Report on sanitation, dispensaries, and jails in Rajputana for 1916, and on vaccination for the year 1916-1917 - 1916-1917
Year: 1916
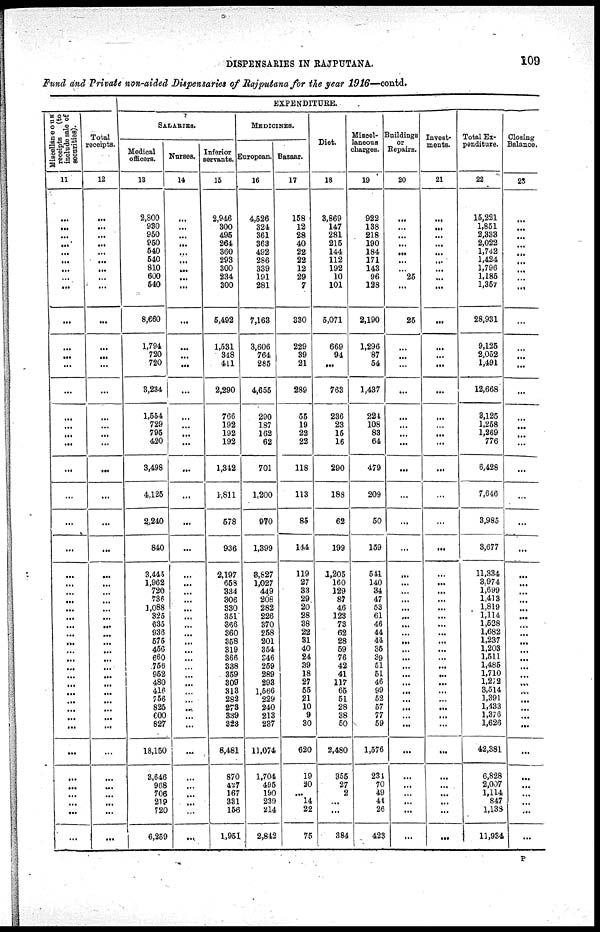
DISPENSARIES IN RAJPUTANA.
109
Fund and Private non-aided Dispensaries of Rajputana for the year 1916—contd.
Miscellaneous
receipts
(to
include sale of
securities).
11
...
...
...
...
...
...
...
...
...
...
...
...
...
...
...
...
...
...
...
...
...
...
...
...
...
...
...
...
...
...
...
...
...
...
...
...
...
...
...
...
...
...
...
...
...
...
...
...
Total
.
receipts.
12
...
...
...
...
...
...
...
...
...
...
...
...
...
...
...
...
...
...
...
...
...
...
...
...
...
...
...
...
...
...
...
...
...
...
...
...
...
...
...
...
...
...
...
...
...
...
...
...
EXPENDITURE.
SALARIES.
Medical
officers.
13
2,800
930
950
950
540
540
810
600
540
8,660
1,794
720
720
3,234
1,554
729
795
420
3,498
4,125
2,240
840
3,445
1,962
720
736
1,088
325
635
936
575
456
660
756
952
480
416
756
825
600
827
18,150
3,646
908
706
219
720
6,259
Nurses.
14
...
...
...
...
...
...
...
...
...
...
...
...
...
...
...
...
...
...
...
...
...
...
...
...
...
...
...
...
...
...
...
...
...
...
...
...
...
...
...
...
...
...
...
...
...
...
...
...
Inferior
servants.
15
2,946
300
495
264
360
293
300
234
300
5,492
1,531
348
411
2,290
766
192
192
192
1,342
1,811
578
936
2,197
658
334
306 330
351
366
360
358
319
366
338
359
309
313
282
278
339
323
8,481
870
427
167
331
156
1,951
MEDICINES.
European.
16
4,526
324
361
363
492
286
339
191
281
7,163
3,606
764
285
4,655
290
187
162
62
701
1,200
970
1,399
8,827
1,027
449
206
282
226
370
258
201
354
346
259
289
293
1,566
229
240
213
237
11,074
1,704
495
190
239
214
2,842
Bazaar.
17
158
12
28
40
22
22
12
29
7
330
229
39
21
289
55
19
22
22
118
113
85
144
119
27
33
29
20
28
38
22
31
40
24
39
18
27
55
21
10
9
30
620
19
40
...
14
22
75
Diet.
18
3,869
147
281
215
144
112
192
10
101
5,071
669
94
...
763
236
23
15
16
290
188
62
199
1,205
160
129
87
46
123
73
62
28
59
76
42
41
117
65
51
28
38
50
2,480
355
27
2
...
...
384
Miscel-
laneous
charges.
19
922
138
218
190
184
171
143
96
128
2,190
1,296
87
54
1,437
224
108
83
64
479
209
50
159
541
140
34
47
53
61
46
44
44
35
39
51
51
46
99
52
57
77
59
1,576
234
70
49
44
26
423
Buildings
or
Repaire.
20
...
...
...
...
...
...
...
25
...
25
...
...
...
...
...
...
...
...
...
...
...
...
...
...
...
...
...
...
...
...
...
...
...
...
...
...
...
...
...
...
...
...
...
...
...
...
...
...
Invest¬
ments.
21
...
...
...
...
...
...
...
...
...
...
...
...
...
...
...
...
...
...
...
...
...
...
...
...
...
...
...
...
...
...
...
...
...
...
...
...
...
...
...
...
...
...
...
...
...
...
...
...
Total Ex-
penditure.
22
15,221
1,851
2,333
2,022
1,742
1,424
1,796
1,185
1,357
28,931
9,125
2,052
1,491
12,668
3,125
1,258
1,269
776
6,428
7,646
3,985
3,677
11,334
3,974
1,699
1,413
1,819
1,114
1,528
1,682
1,237
1,203
1,511
1,485
1,710
1,272
3,514
1,391
1,433
1,376
1,626
42,381
6,828
2,007
1,114
847
1,138
11,934
Closing
Balance.
23
...
...
...
...
...
...
...
...
...
...
...
...
...
...
...
...
...
...
...
...
...
...
...
...
...
...
...
...
...
...
...
...
...
...
...
...
...
...
...
...
...
...
...
...
...
...
...
...
P